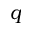
\boldsymbol { q }